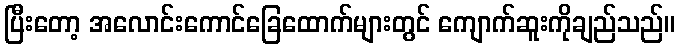
ပြီးတော့ အလောင်းကောင်ခြေထောက်များတွင် ကျောက်ဆူးကိုချည်သည်။